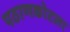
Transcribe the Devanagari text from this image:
पठाणकोटला